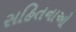
સહિતનાઓ